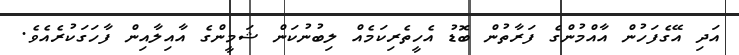
އަދި އޭގެފަހުން އާއްމުންގެ ފަރާތުން ބޮޑު އެހީތެރިކަމެއް ލިބުނުކަން ޝަމީންގެ އާއިލާއިން ފާހަގަކުރެއެވެ.